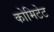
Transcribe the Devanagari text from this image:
कोमिटेट